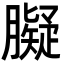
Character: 𦡸